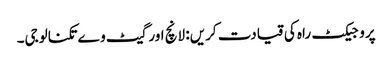
پروجیکٹ راہ کی قیادت کریں: لانچ اور گیٹ وے تکنالوجی۔